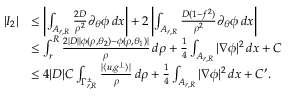
\begin{array} { r l } { | I _ { 2 } | } & { \leq \left| \int _ { A _ { r , R } } \frac { 2 D } { \rho ^ { 2 } } \partial _ { \theta } \phi \, d x \right| + 2 \left| \int _ { A _ { r , R } } \frac { D ( 1 - f ^ { 2 } ) } { \rho ^ { 2 } } \partial _ { \theta } \phi \, d x \right| } \\ & { \leq \int _ { r } ^ { R } \frac { 2 | D | | \phi ( \rho , \theta _ { 2 } ) - \phi ( \rho , \theta _ { 1 } ) | } { \rho } \, d \rho + \frac { 1 } { 4 } \int _ { A _ { r , R } } | \nabla \phi | ^ { 2 } \, d x + C } \\ & { \leq 4 | D | C \int _ { \Gamma _ { r , R } ^ { \pm } } \frac { | \langle u , g ^ { \perp } \rangle | } { \rho } \, d \rho + \frac { 1 } { 4 } \int _ { A _ { r , R } } | \nabla \phi | ^ { 2 } \, d x + C ^ { \prime } . } \end{array}